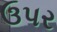
ઉપર